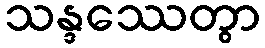
သန္ဒဿေတွာ